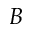
B